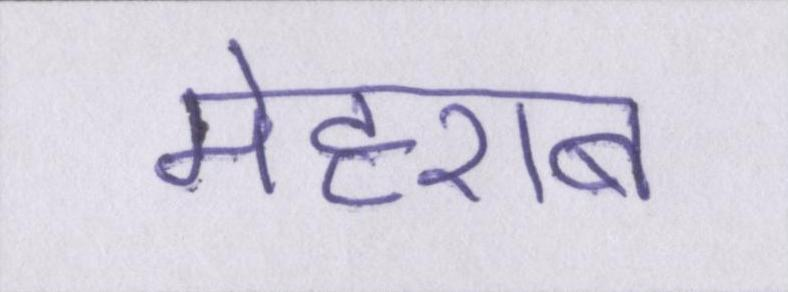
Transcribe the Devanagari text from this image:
मेहराब